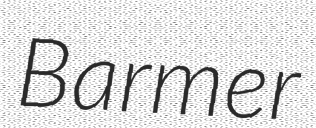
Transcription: Barmer